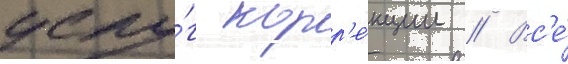
услу́г корр'е́кции // Вс'е́